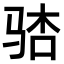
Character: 𫘢